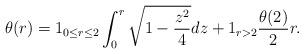
LaTeX: \begin{align*}\theta(r)=1_{0\leq r\leq 2}\int_{0}^{r}\sqrt{1-\frac{z^{2}}{4}}dz+1_{r>2}\frac{\theta(2)}{2}r.\end{align*}